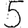
Digit: 5